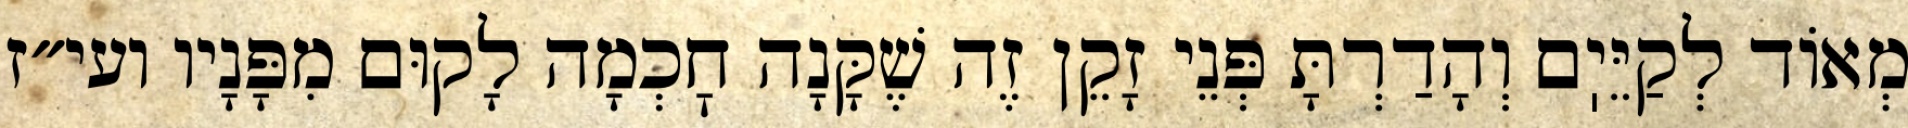
מְאוֹד לְקַיֵּיֽם וְהָדַרְתָּ פְּנֵי זָקֵן זֶה שֶׁקָּנָה חׇכְמָה לָקוּם מִפָּנָיו ועי״ז